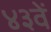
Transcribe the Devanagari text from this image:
४३वें